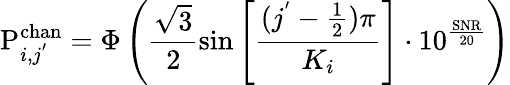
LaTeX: \mathrm{P}_{i,j^{'}}^{\mathrm{chan}}={\Phi}\left(\frac{\sqrt{3}}{2}\sin\left[\frac{(j^{'}-\frac{1}{2})\pi}{K_{i}}\right]\cdot 10^{\frac{\mathrm{SNR}}{20}}\right)